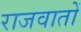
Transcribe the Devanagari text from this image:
राजवातों